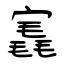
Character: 竁